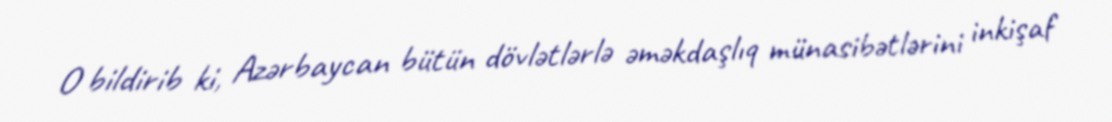
O bildirib ki, Azərbaycan bütün dövlətlərlə əməkdaşlıq münasibətlərini inkişaf